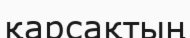
қарсақтың